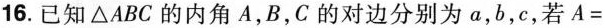
16.已知 \triangle ABC的内角A，B，C的对边分别为a，b，c，若$$A =